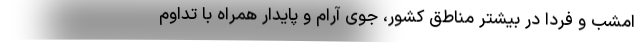
امشب و فردا در بیشتر مناطق کشور، جوی آرام و پایدار همراه با تداوم